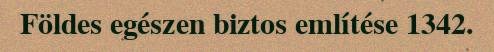
Földes egészen biztos említése 1342.